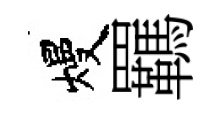
熳羈